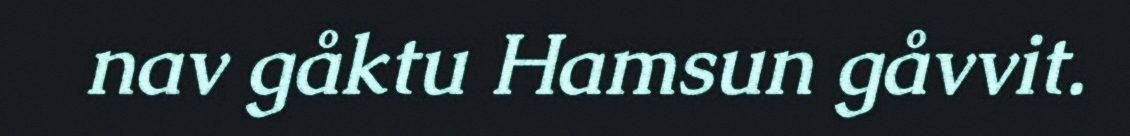
nav gåktu Hamsun gåvvit.